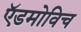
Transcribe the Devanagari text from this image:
ऍडमोविच